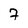
Character: 7